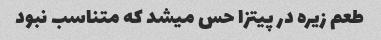
طعم زیره در پیتزا حس میشد که متناسب نبود